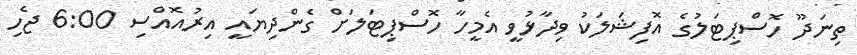
ތިނަދޫ ހޮސްޕިޓަލުގެ އޮފިޝަލަކު ވިދާޅުވީ އެމީހާ ހޮސްޕިޓަލަށް ގެންދިޔައީ އިރުއޮއްސި 6:00 ޖެހި